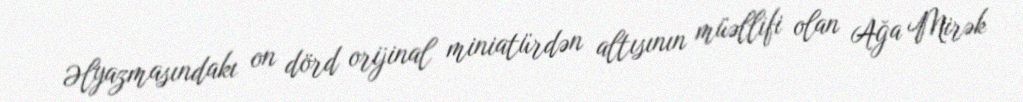
Əlyazmasındakı on dörd orijinal miniatürdən altısının müəllifi olan Ağa Mirək